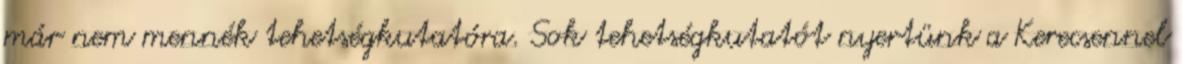
már nem mennék tehetségkutatóra. Sok tehetségkutatót nyertünk a Kerecsennel